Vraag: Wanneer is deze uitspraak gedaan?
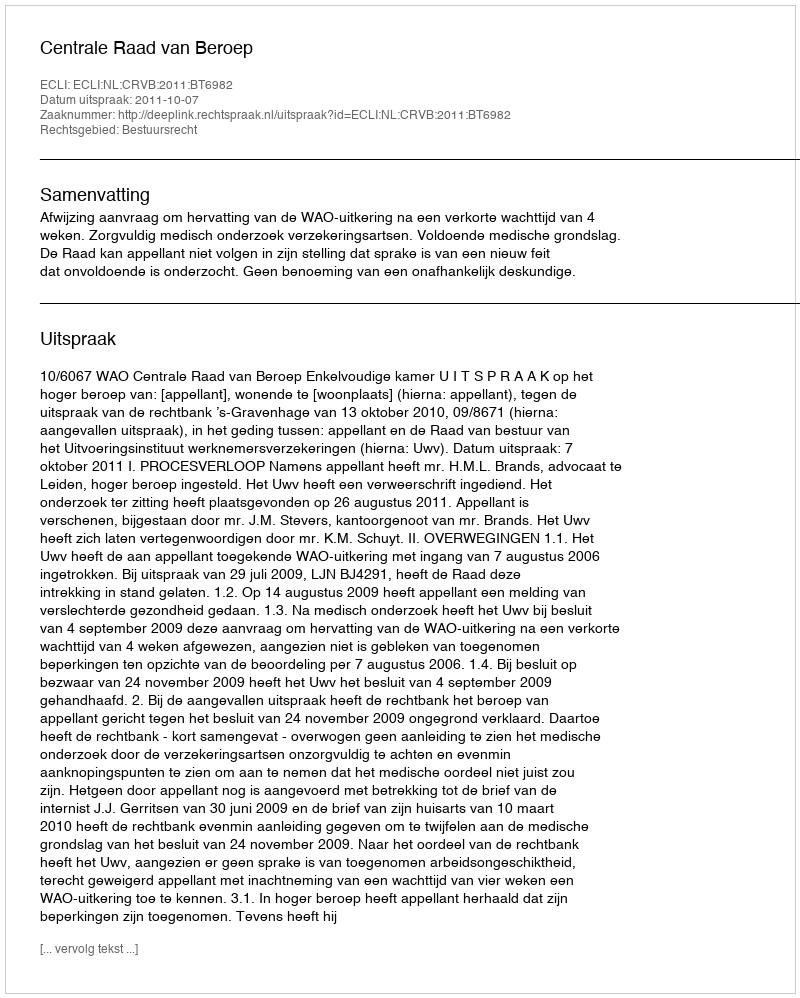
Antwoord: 2011-10-07